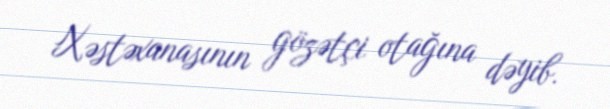
Xəstəxanasının gözətçi otağına dəyib.